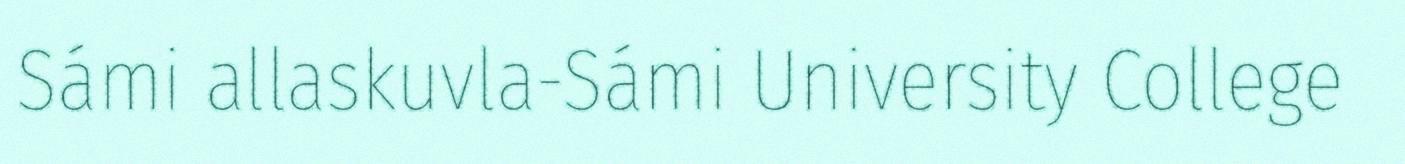
Sámi allaskuvla-Sámi University College